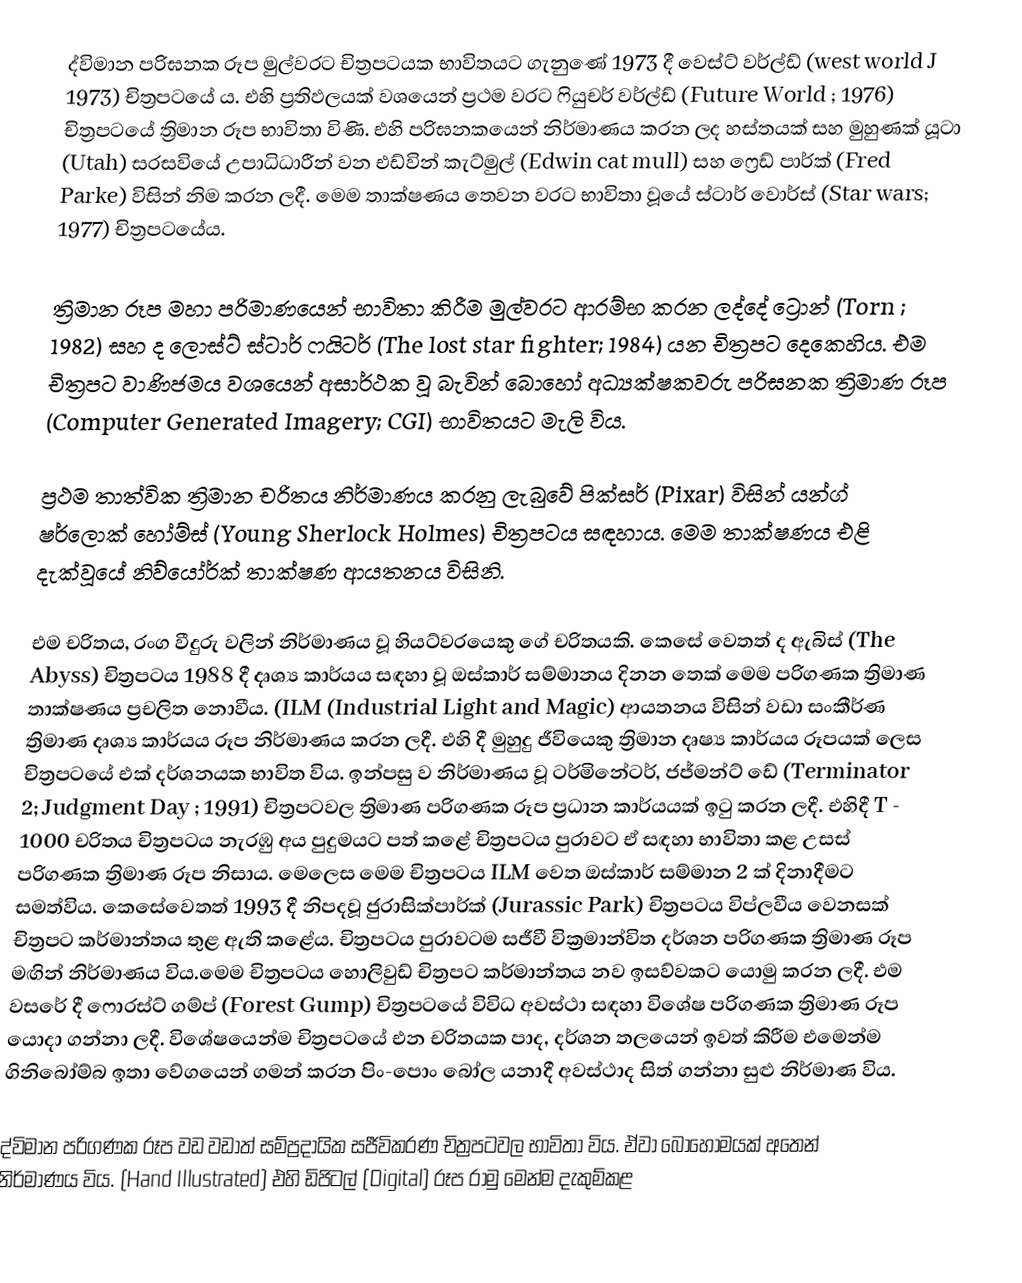
ද්විමාන පරිඝනක රූප මුල්වරට චිත්‍රපටයක භාවිතයට ගැනුණේ 1973 දී වෙස්ට් වර්ල්ඩ් (west world J 1973) චිත්‍රපටයේ ය. එහි ප්‍රතිඵලයක් වශයෙන් ප්‍රථම වරට ෆියුචර් වර්ල්ඩ් (Future World ; 1976) චිත්‍රපටයේ ත්‍රිමාන රූප භාවිතා විණි. එහි පරිඝනකයෙන් නිර්මාණය කරන ලද හස්තයක් සහ මුහුණක් යූ‍ටා (Utah) සරසවියේ උපාධිධාරීන් වන එඩ්වින් කැට්මුල් (Edwin cat mull) සහ ෆ්‍රෙඩ් පාර්ක් (Fred Parke) විසින් නිම කරන ලදී. මෙම තාක්ෂණය තෙවන වරට භාවිතා වූයේ ස්ටාර් වොර්ස් (Star wars; 1977) චිත්‍රපටයේය.

ත්‍රිමාන රූප මහා පරිමාණයෙන් භාවිතා කිරීම මුල්වරට ආරම්භ කරන ලද්දේ ට්‍රොන් (Torn ; 1982) සහ ද ලොස්ට් ස්ටාර් ෆයිටර් (The lost star fighter; 1984) යන චිත්‍රපට දෙකෙහිය. එම චිත්‍රපට වාණිජමය වශයෙන් අසාර්ථක වූ බැවින් බොහෝ අධ්‍යක්ෂකවරු පරිඝනක ත්‍රිමාණ රූප (Computer Generated Imagery; CGI) භාවිතයට මැලි විය.

ප්‍රථම තාත්වික ත්‍රිමාන චරිතය නිර්මාණය කරනු ලැබුවේ පික්සර් (Pixar) විසින් යන්ග් ෂර්ලොක් හෝම්ස් (Young Sherlock Holmes) චිත්‍රපටය සඳහාය. මෙම තාක්ෂණය එළි දැක්වූයේ නිව්යෝර්ක් තාක්ෂණ ආයතනය විසිනි.

එම චරිතය, රංග වීදුරු වලින් නිර්මාණය වූ හියට්වරයෙකු ගේ චරිතයකි. කෙසේ වෙතත් ද ඇබිස් (The Abyss) චිත්‍රපටය 1988 දී දෘශ්‍ය කාර්යය සඳහා වූ ඔස්කාර් සම්මානය දිනන තෙක් මෙම පරිගණක ත්‍රිමාණ තාක්ෂණය ප්‍රචලිත නොවීය. (ILM (Industrial Light and Magic) ආයතනය විසින් වඩා සංකීර්ණ ත්‍රිමාණ දෘශ්‍ය කාර්යය රූප නිර්මාණය කරන ලදී. එහි දී මුහුදු ජීවියෙකු ත්‍රිමාන දෘෂ්‍ය කාර්යය රූපයක් ලෙස චිත්‍රපටයේ එක් දර්ශනයක භාවිත විය. ඉන්පසු ව නිර්මාණය වූ ටර්මිනේටර්, ජජ්මන්ට් ඩේ (Terminator 2; Judgment Day ; 1991) චිත්‍රපටවල ත්‍රිමාණ පරිගණක රූප ප්‍රධාන කාර්යයක් ඉටු කරන ලදී. එහිදී T - 1000 චරිතය චිත්‍රපටය නැරඹු අය පුදුමයට පත් කළේ චිත්‍රපටය පුරාවට ඒ සඳහා භාවිතා කළ උසස් පරිගණක ත්‍රිමාණ රූප නිසාය. මෙලෙස මෙම චිත්‍රපටය ILM වෙත ඔස්කාර් සම්මාන 2 ක් දිනාදීමට සමත්විය. කෙසේවෙතත් 1993 දී නිපදවූ ජුරාසික්පාර්ක් (Jurassic Park) චිත්‍රපටය විප්ලවීය වෙනසක් චිත්‍රපට කර්මාන්තය තුළ ඇති කළේය. චිත්‍රපටය පුරාවටම සජීවී වික්‍රමාන්විත දර්ශන පරිගණක ත්‍රිමාණ රූප මඟින් නිර්මාණය විය.මෙම චිත්‍රපටය හොලිවුඩ් චිත්‍රපට කර්මාන්තය නව ඉසව්වකට යොමු කරන ලදී. එම වස‍රේ දී ෆො‍රස්ට් ගම්ප් (Forest Gump) චිත්‍රපටයේ විවිධ අවස්ථා සඳහා විශේෂ පරිගණක ත්‍රිමාණ රූප යොදා ගන්නා ලදී. විශේෂයෙන්ම චිත්‍රපටයේ එන චරිතයක පාද, දර්ශන තලයෙන් ඉවත් කිරීම එමෙන්ම ගිනිබෝම්බ ඉතා වේගයෙන් ගමන් කරන පිං-පොං ‍‍බෝල යනාදී අවස්ථාද සිත් ගන්නා සුළු නිර්මාණ විය.

ද්විමාන පරිගණක රූප වඩ වඩාත් සම්ප්‍රදායික සජීවිකරණ චිත්‍රපටවල භාවිතා විය. ඒවා බොහෝමයක් අතෙන් නිර්මාණය විය. (Hand Illustrated) එහි ඩිජිටල් (Digital) රූප රාමු මෙන්ම දැකුම්කළ